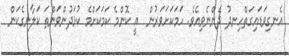
އެނގިވަޑައިގަތްހިނދު ދެންނެވިއެވެ. ހަމަކަށަވަރުން  އީ ކޮންމެ ކަމަކަށްމެ ކުޅަދުންވަންތަ ކަލާނގެކަން